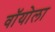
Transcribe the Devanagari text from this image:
वॉयोला